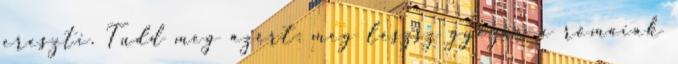
ereszti. Tudd meg azért: meg lészsz győzve a rómaiak